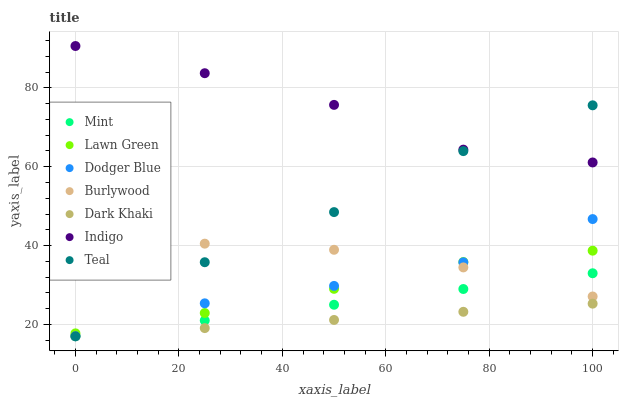
| xaxis_label | Mint | Lawn Green | Dodger Blue | Burlywood | Dark Khaki | Indigo | Teal |
 | --- | --- | --- | --- | --- | --- | --- | --- |
 | 0 | 17 | 17.7 | 17 | 39.1 | 17 | 90.6 | 17 |
 | 25 | 21 | 22.9 | 25.3 | 40.5 | 19.1 | 83.7 | 35.8 |
 | 50 | 25 | 29 | 29.8 | 38.9 | 21.1 | 75.7 | 48.5 |
 | 75 | 29 | 35.8 | 35.8 | 34.5 | 23.2 | 64.3 | 64 |
 | 100 | 33 | 38.7 | 46.7 | 27.1 | 25.3 | 61.1 | 75.6 |